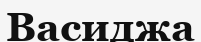
Васиджа